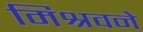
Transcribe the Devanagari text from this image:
मिश्रवने